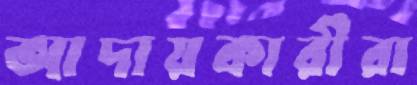
আদায়কারীরা